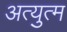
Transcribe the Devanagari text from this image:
अत्युत्म